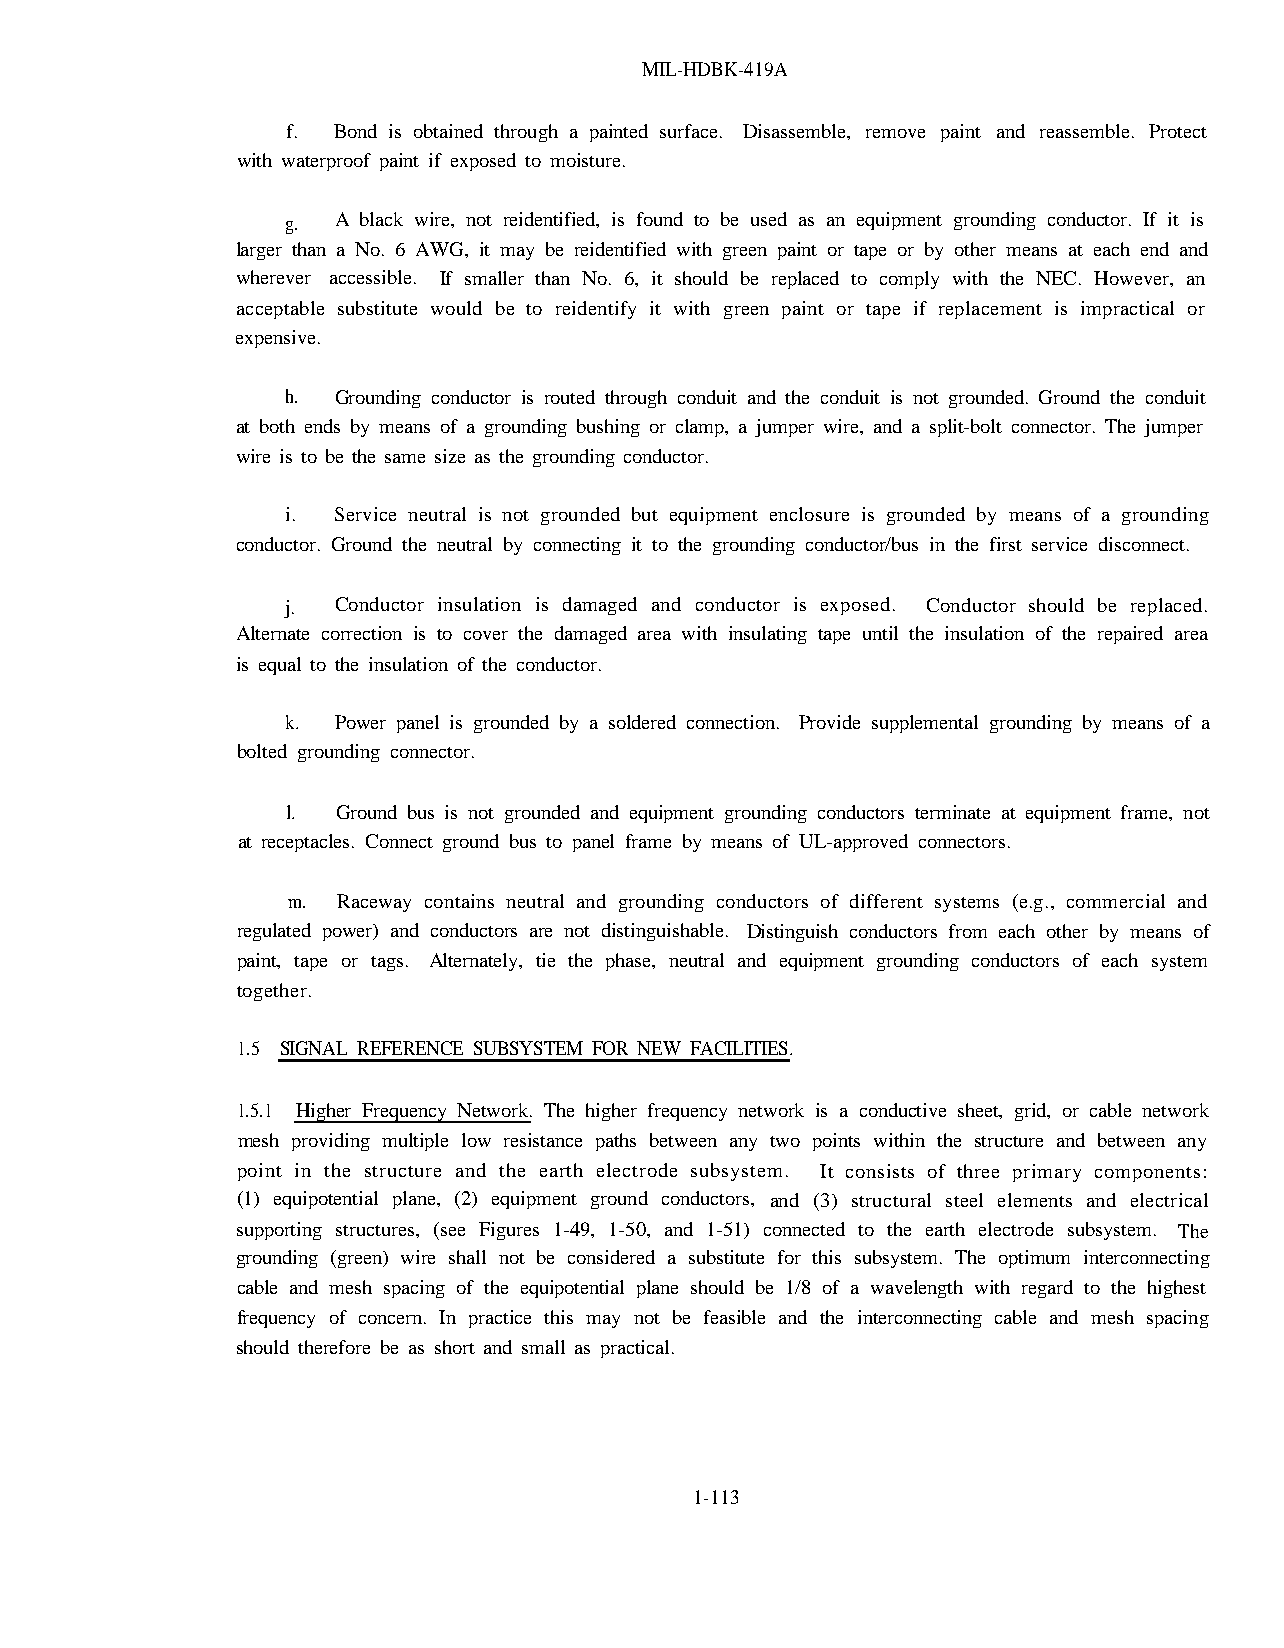
MIL-HDBK-419A
 f. Bond is obtained through a painted surface. Disassemble, remove paint and reassemble. Protect
 with waterproof paint if exposed to moisture.
 g. A black wire, not reidentified, is found to be used as an equipment grounding conductor. If it is
 larger than a No. 6 AWG, it may be reidentified with green paint or tape or by other means at each end and
 wherever accessible. If smaller than No. 6, it should be replaced to comply with the NEC. However, an
 acceptable substitute would be to reidentify it with green paint or tape if replacement is impractical or
 expensive.
 h. Grounding conductor is routed through conduit and the conduit is not grounded. Ground the conduit
 at both ends by means of a grounding bushing or clamp, a jumper wire, and a split-bolt connector. The jumper
 wire is to be the same size as the grounding conductor.
 i. Service neutral is not grounded but equipment enclosure is grounded by means of a grounding
 conductor. Ground the neutral by connecting it to the grounding conductor/bus in the first service disconnect.
 j. Conductor insulation is damaged and conductor is exposed. Conductor should be replaced.
 Alternate correction is to cover the damaged area with insulating tape until the insulation of the repaired area
 is equal to the insulation of the conductor.
 k. Power panel is grounded by a soldered connection. Provide supplemental grounding by means of a
 bolted grounding connector.
 l. Ground bus is not grounded and equipment grounding conductors terminate at equipment frame, not
 at receptacles. Connect ground bus to panel frame by means of UL-approved connectors.
 m. Raceway contains neutral and grounding conductors of different systems (e.g., commercial and
 regulated power) and conductors are not distinguishable. Distinguish conductors from each other by means of
 paint, tape or tags. Alternately, tie the phase, neutral and equipment grounding conductors of each system
 together.
 1.5 SIGNAL REFERENCE SUBSYSTEM FOR NEW FACILITIES.
 1.5.1 Higher Frequency Network. The higher frequency network is a conductive sheet, grid, or cable network
 mesh providing multiple low resistance paths between any two points within the structure and between any
 point in the structure and the earth electrode subsystem. It consists of three primary components:
 (1) equipotential plane, (2) equipment ground conductors, and (3) structural steel elements and electrical
 supporting structures, (see Figures 1-49, 1-50, and 1-51) connected to the earth electrode subsystem. The
 grounding (green) wire shall not be considered a substitute for this subsystem. The optimum interconnecting
 cable and mesh spacing of the equipotential plane should be 1/8 of a wavelength with regard to the highest
 frequency of concern. In practice this may not be feasible and the interconnecting cable and mesh spacing
 should therefore be as short and small as practical.
 1-113